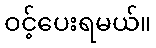
ဝင့်ပေးရမယ်။